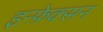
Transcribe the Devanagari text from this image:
इन्फ़ेक्सन